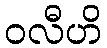
ဝလီဟိ